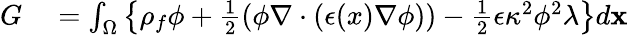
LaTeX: \begin{array}{rl}{G}&{{}=\int_{\Omega}\left\{ \rho_{f}\phi+\frac{1}{2}\left(\phi\nabla\cdot(\epsilon(x)\nabla\phi)\right)-\frac{1}{2}\epsilon\kappa^{2}\phi^{2}\lambda\right\} d\mathbf{x}}\end{array}